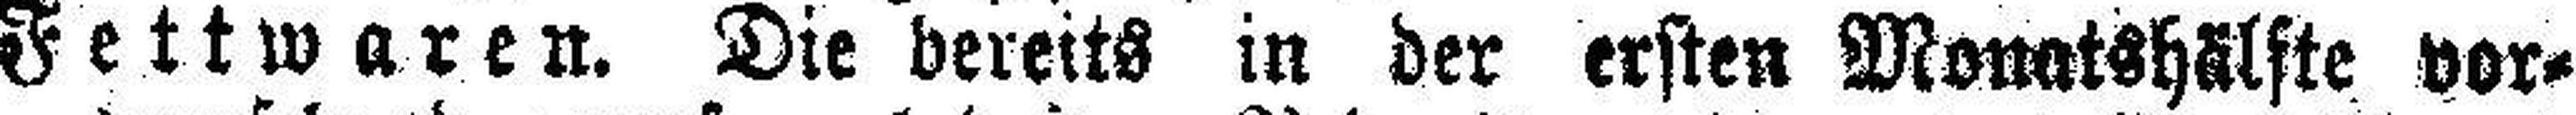
Fettwaren. Die bereits in der ersten Monatshälfte vor¬